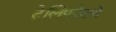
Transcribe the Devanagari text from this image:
टेलिफोनचे